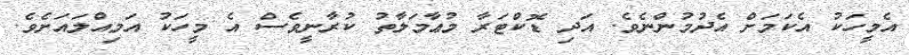
އެމީހަކު އެކަމަށް އެދުމުންނެވެ. އަދި ޑޮކްޓަރާ މުޢާމަލާތު ކުރާނީވެސް އެ މީހަކު އަމިއްލައަށެވެ.